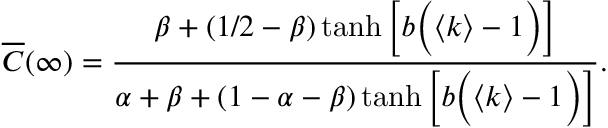
\overline { { C } } ( \infty ) = \frac { \beta + ( 1 / 2 - \beta ) \operatorname { t a n h } \Big [ b \Big ( \langle k \rangle - 1 \Big ) \Big ] } { \alpha + \beta + ( 1 - \alpha - \beta ) \operatorname { t a n h } \Big [ b \Big ( \langle k \rangle - 1 \Big ) \Big ] } .